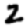
Digit: 2